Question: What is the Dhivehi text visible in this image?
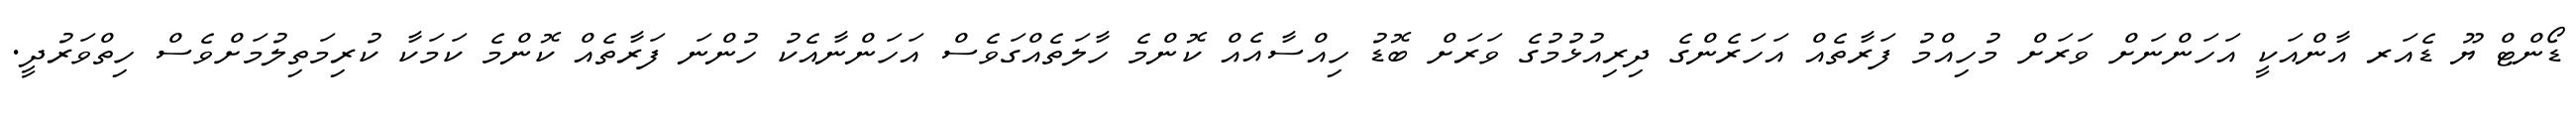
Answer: ޑޯންޓް ޔޫ ޑެއަރ އާންއަކީ އަހަންނަށް ވަރަށް މުހިއްމު ފަރާތެއް އަހަރެންގެ ދިރިއުޅުމުގެ ވަރަށް ބޮޑު ހިއްސާއެއް ކޮންމެ ހާލަތެއްގަވެސް އަހަންނާއެކު ހުންނަ ފަރާތެއް ކޮންމެ ކަމަކާ ކުރިމަތިލުމަށްވެސް ހިތްވަރުދީ.